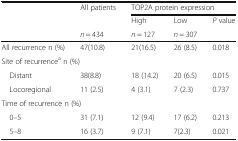
<table><thead><tr><td rowspan="3"></td><td><b>All patients</b></td><td colspan="3"><b>TOP2A protein expression</b></td></tr><tr><td></td><td><b>High</b></td><td><b>Low</b></td><td><b><i>P</i> value</b></td></tr><tr><td><b><i>n</i> = 434</b></td><td><b><i>n</i> = 127</b></td><td><b><i>n</i> = 307</b></td><td></td></tr></thead><tbody><tr><td>All recurrence n (%)</td><td>47(10.8)</td><td>21(16.5)</td><td>26 (8.5)</td><td>0.018</td></tr><tr><td colspan="5">Site of recurrence<sup>a</sup> n (%)</td></tr><tr><td> Distant</td><td>38(8.8)</td><td>18 (14.2)</td><td>20 (6.5)</td><td>0.015</td></tr><tr><td> Locoregional</td><td>11 (2.5)</td><td>4 (3.1)</td><td>7 (2.3)</td><td>0.737</td></tr><tr><td colspan="5">Time of recurrence n (%)</td></tr><tr><td> 0–5</td><td>31 (7.1)</td><td>12 (9.4)</td><td>17 (6.2)</td><td>0.213</td></tr><tr><td> 5–8</td><td>16 (3.7)</td><td>9 (7.1)</td><td>7(2.3)</td><td>0.021</td></tr></tbody></table>